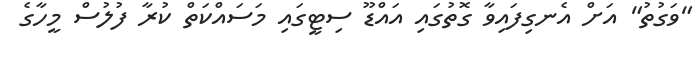
"ވަގުތު" އަށް އެނގިފައިވާ ގޮތުގައި އައްޑޫ ސިޓީގައި މަސައްކަތް ކުރާ ފުލުސް މީހާގެ